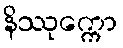
နိဿုက္ကော